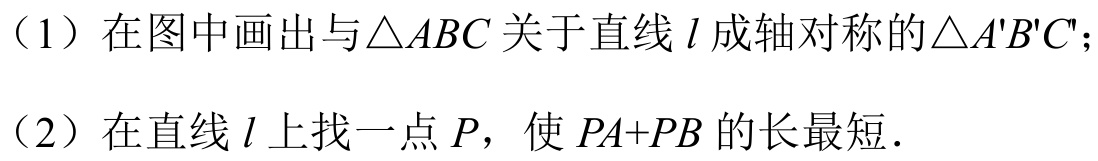
（1）在图中画出与\(\triangle ABC\)关于直线\(l\)成轴对称的\(\triangle A'B'C'\)；
（2）在直线\(l\)上找一点\(P\)，使\(PA + PB\)的长最短．